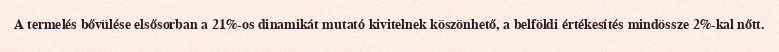
A termelés bővülése elsősorban a 21%-os dinamikát mutató kivitelnek köszönhető, a belföldi értékesítés mindössze 2%-kal nőtt.